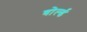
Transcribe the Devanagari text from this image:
वोर्ल्ड